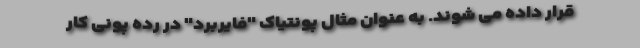
قرار داده می شوند. به عنوان مثال پونتیاک "فایربرد" در رده پونی کار